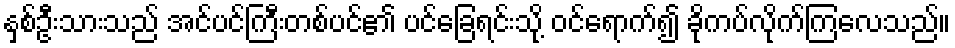
နှစ်ဦးသားသည် အင်ပင်ကြီးတစ်ပင်၏ ပင်ခြေရင်းသို့ ဝင်ရောက်၍ ခိုကပ်လိုက်ကြလေသည်။